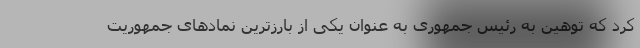
کرد که توهین به رئیس جمهوری به عنوان یکی از بارزترین نمادهای جمهوریت